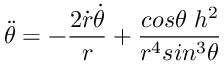
\ddot { \theta } = - \frac { 2 \dot { r } \dot { \theta } } { r } + \frac { c o s \theta \; h ^ { 2 } } { r ^ { 4 } s i n ^ { 3 } \theta }